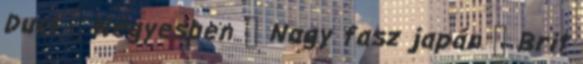
Duci ▪ Négyesben ▪ Nagy fasz japán ▪ Brit